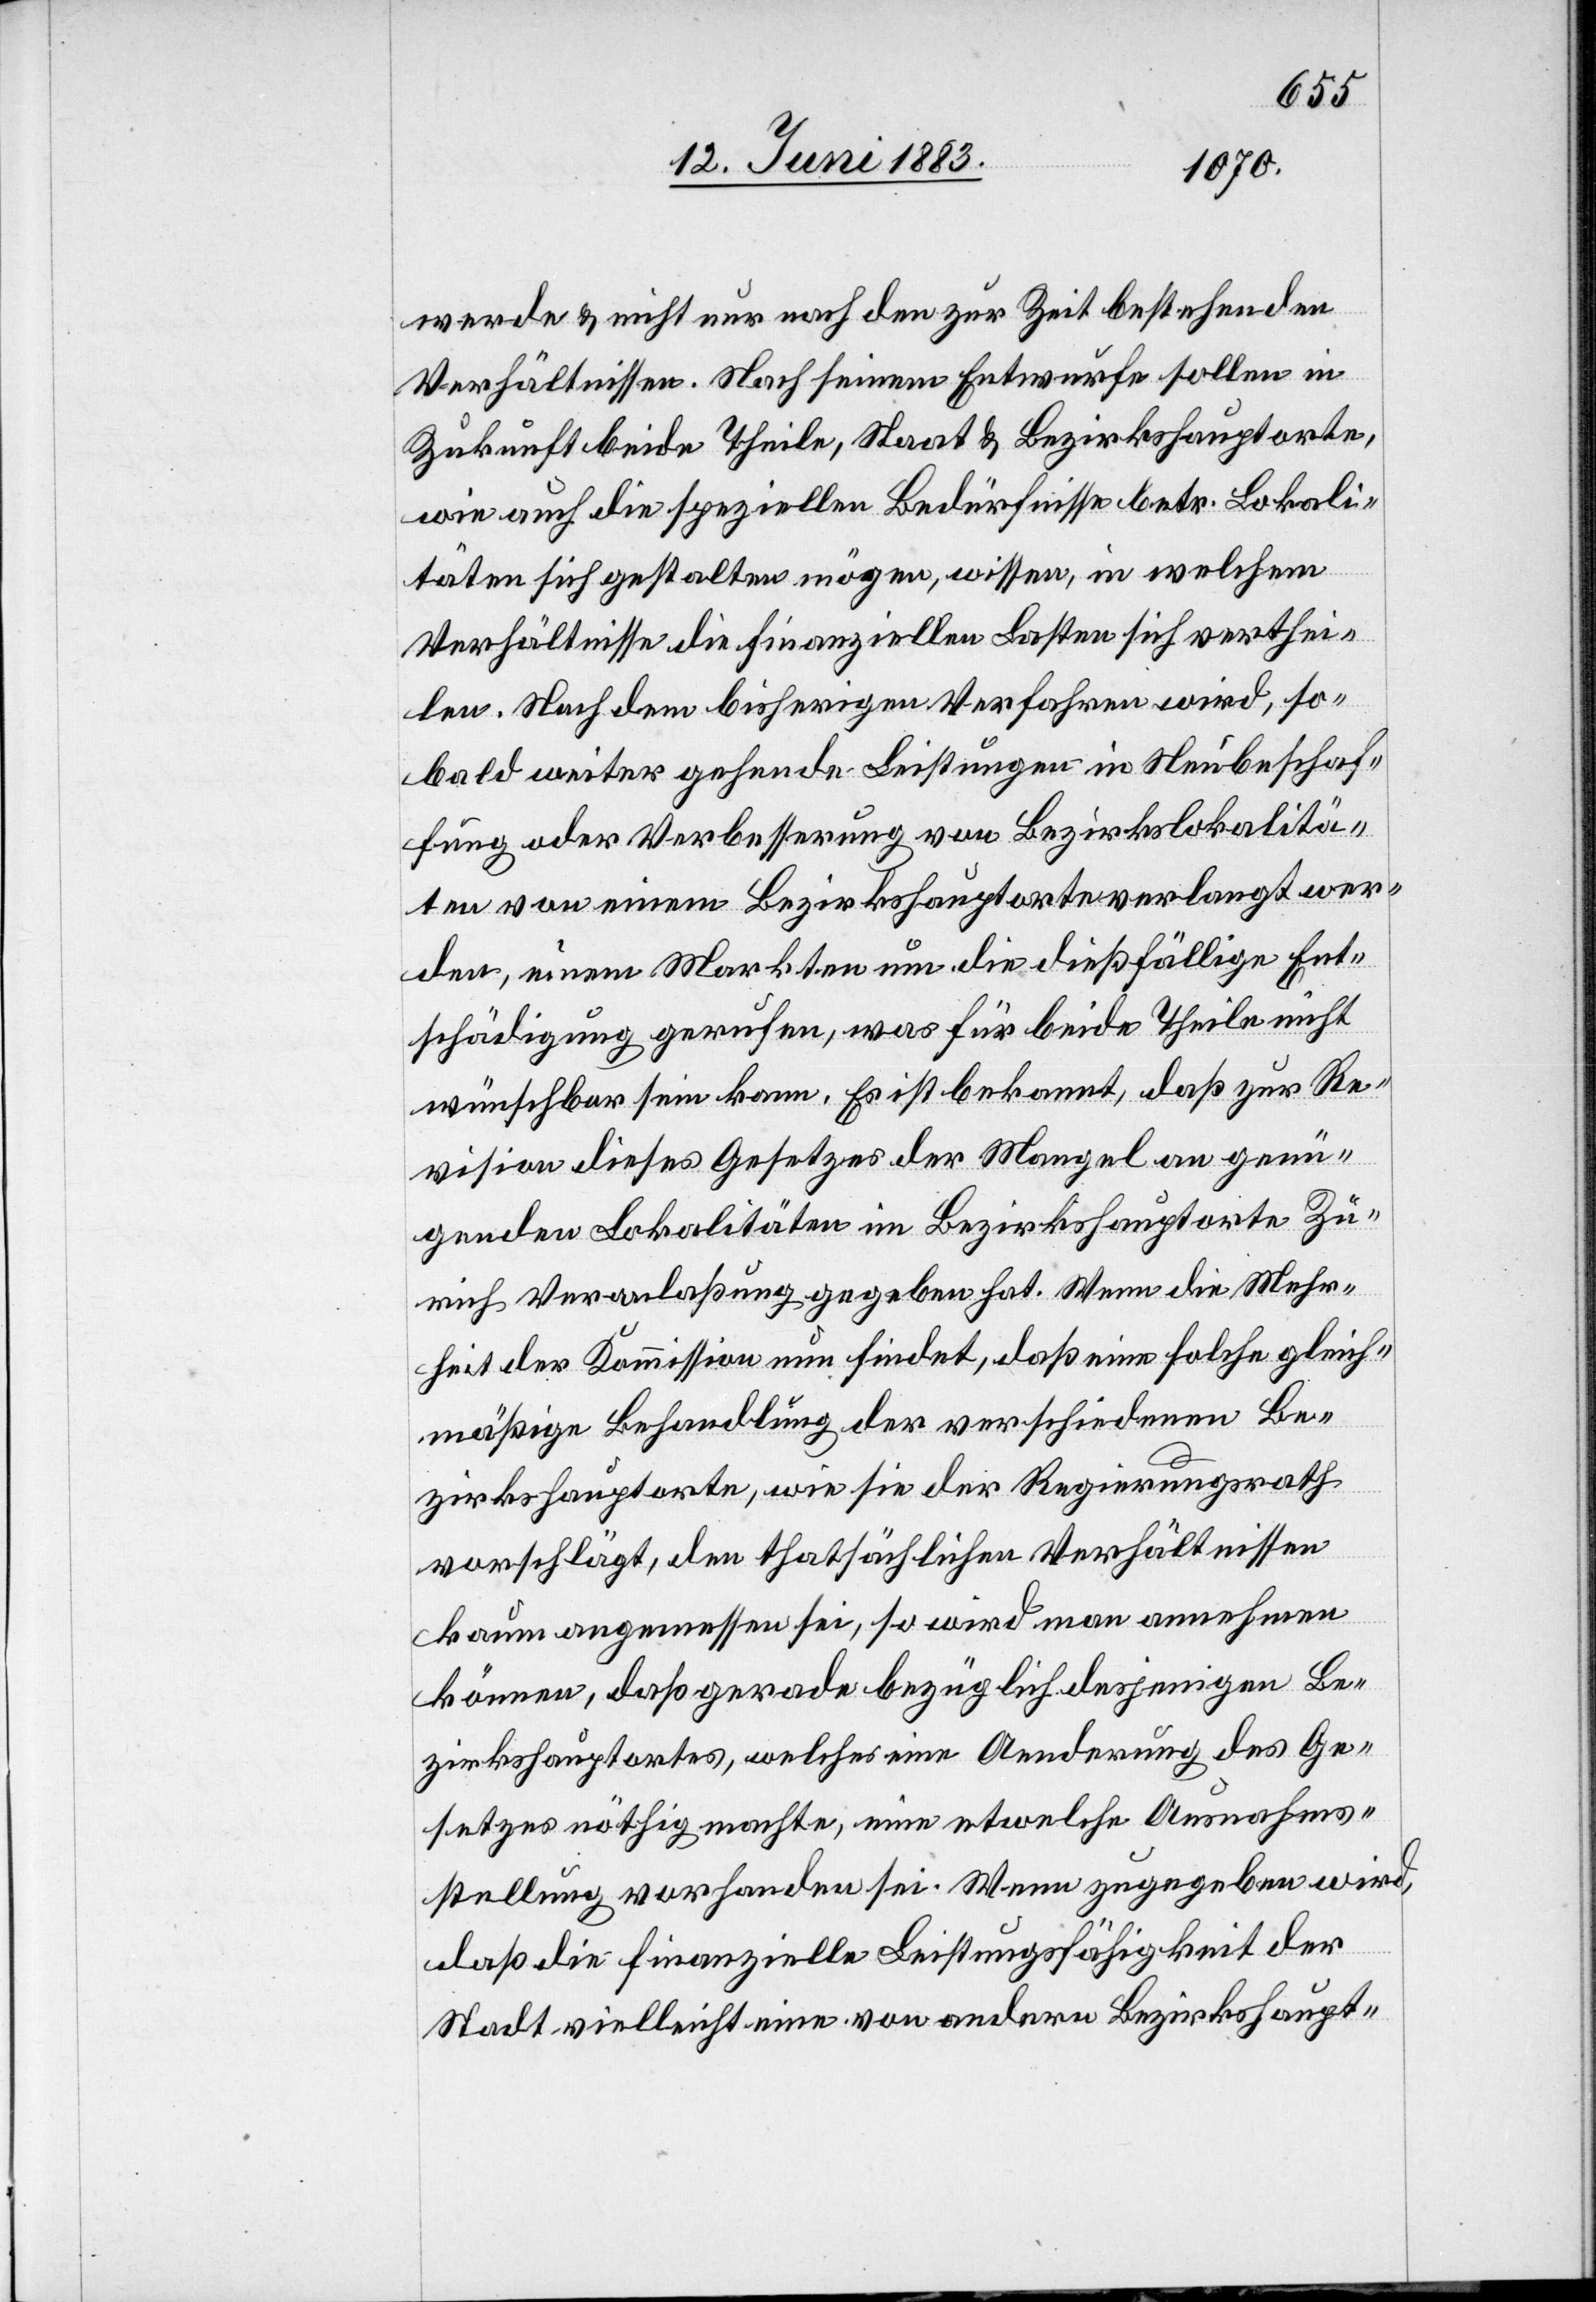
werde & nicht nur nach den zur Zeit bestehenden
Verhältnissen. Nach seinem Entwurfe sollen in
Zukunft beide Theile, Staat & Bezirkshauptorte,
wie auch die speziellen Bedürfnisse betr. Lokali¬
täten sich gestalten mögen, wissen, in welchem
Verhältnisse die finanziellen Lasten sich verthei¬
len. Nach dem bisherigen Verfahren wird, so¬
bald weiter gehende Leistungen in Neubeschaf¬
fung oder Verbesserung von Bezirkslokalitä¬
ten von einem Bezirkshauptorte verlangt wer¬
den, einem Markten um die dießfällige Ent¬
schädigung gerufen, was für beide Theile nicht
wünschbar sein kann. Es ist bekannt, daß zur Re¬
vision dieses Gesetzes der Mangel an genü¬
genden Lokalitäten im Bezirkshauptorte Zü¬
rich Veranlaßung gegeben hat. Wenn die Mehr¬
heit der Kommission nun findet, daß eine solche gleich¬
mäßige Behandlung der verschiedenen Be¬
zirkshauptorte, wie sie der Regierungsrath
vorschlägt, den thatsächlichen Verhältnissen
kaum angemessen sei, so wird man annehmen
können, daß gerade bezüglich desjenigen Be¬
zirkshauptortes, welcher eine Aenderung des Ge¬
setzes nöthig machte, eine etwelche Ausnahms¬
stellung vorhanden sei. Wenn zugegeben wird,
daß die finanzielle Leistungsfähigkeit der
Stadt vielleicht eine von anderen Bezirkshaupt-